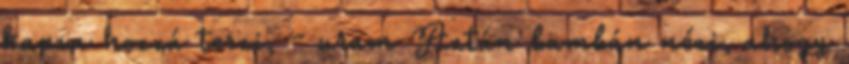
kapva hozzá teszi, - uram Aztán bambán nézi, ahogy